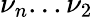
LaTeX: \nu_{n}...\nu_{2}